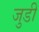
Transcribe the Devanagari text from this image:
जुडी